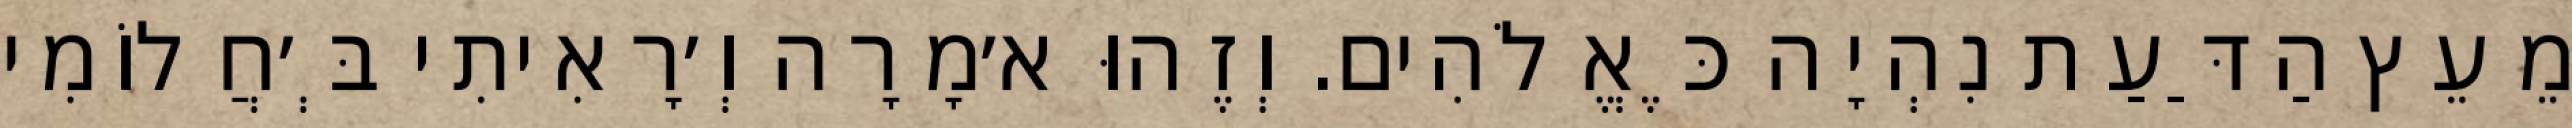
מֵעֵץ הַדַּעַת נִהְיָה כֶּאֱלֹהִים. וְזֶהוּ א׳מָרָה וְ׳רָאִיתִי בְּ׳חֲלוֹמִי